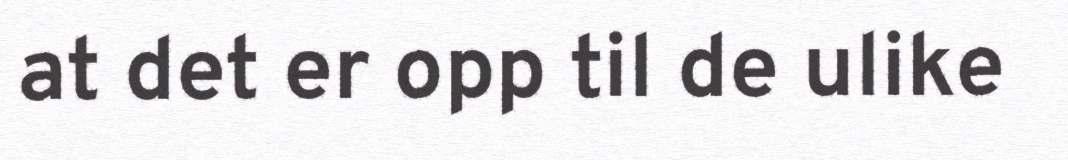
at det er opp til de ulike